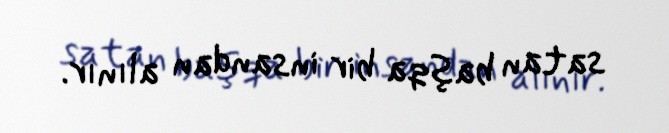
satan başqa bir insandan alınır.